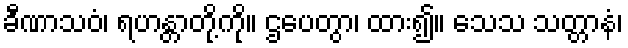
ခီဏာသဝံ၊ ရဟန္တာတို့ကို။ ဌပေတွာ၊ ထား၍။ သေသ သတ္တာနံ၊